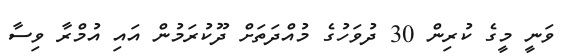
ވަނީ މީގެ ކުރިން 30 ދުވަހުގެ މުއްދަތަށް ދޫކުރަމުން އައި އުމްރާ ވިސާ